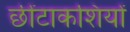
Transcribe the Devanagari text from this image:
छींटाकशियों